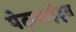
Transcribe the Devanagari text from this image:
पेटाबाईट्स